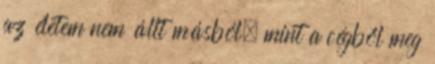
az életem nem állt másból, mint a cégből meg